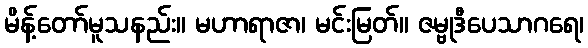
မိန့်တော်မူသနည်း။ မဟာရာဇာ၊ မင်းမြတ်။ ဇမ္ဗုဒီပေသာဂရေ၊